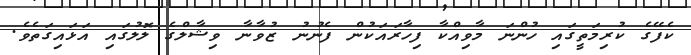
ކެފޭގެ ކުރިމަތީގައި ހުންނަ މާވިއްކާ ފިހާރައަކުން ފެނުނު ޒުވާނާ ވިޝާލްގެ ލޮލުގައި އަޅައިގަތެވެ.